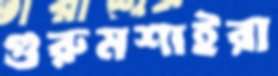
গুরুমশাইরা